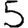
Digit: 5